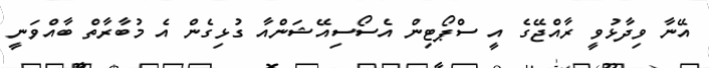
އޭނާ ވިދާޅުވީ ރާއްޖޭގެ އީ ސްޕޯޓިން އެސޯސިއޭޝަންއާ ގުޅިގެން އެ މުބާރާތް ބާއްވަނީ